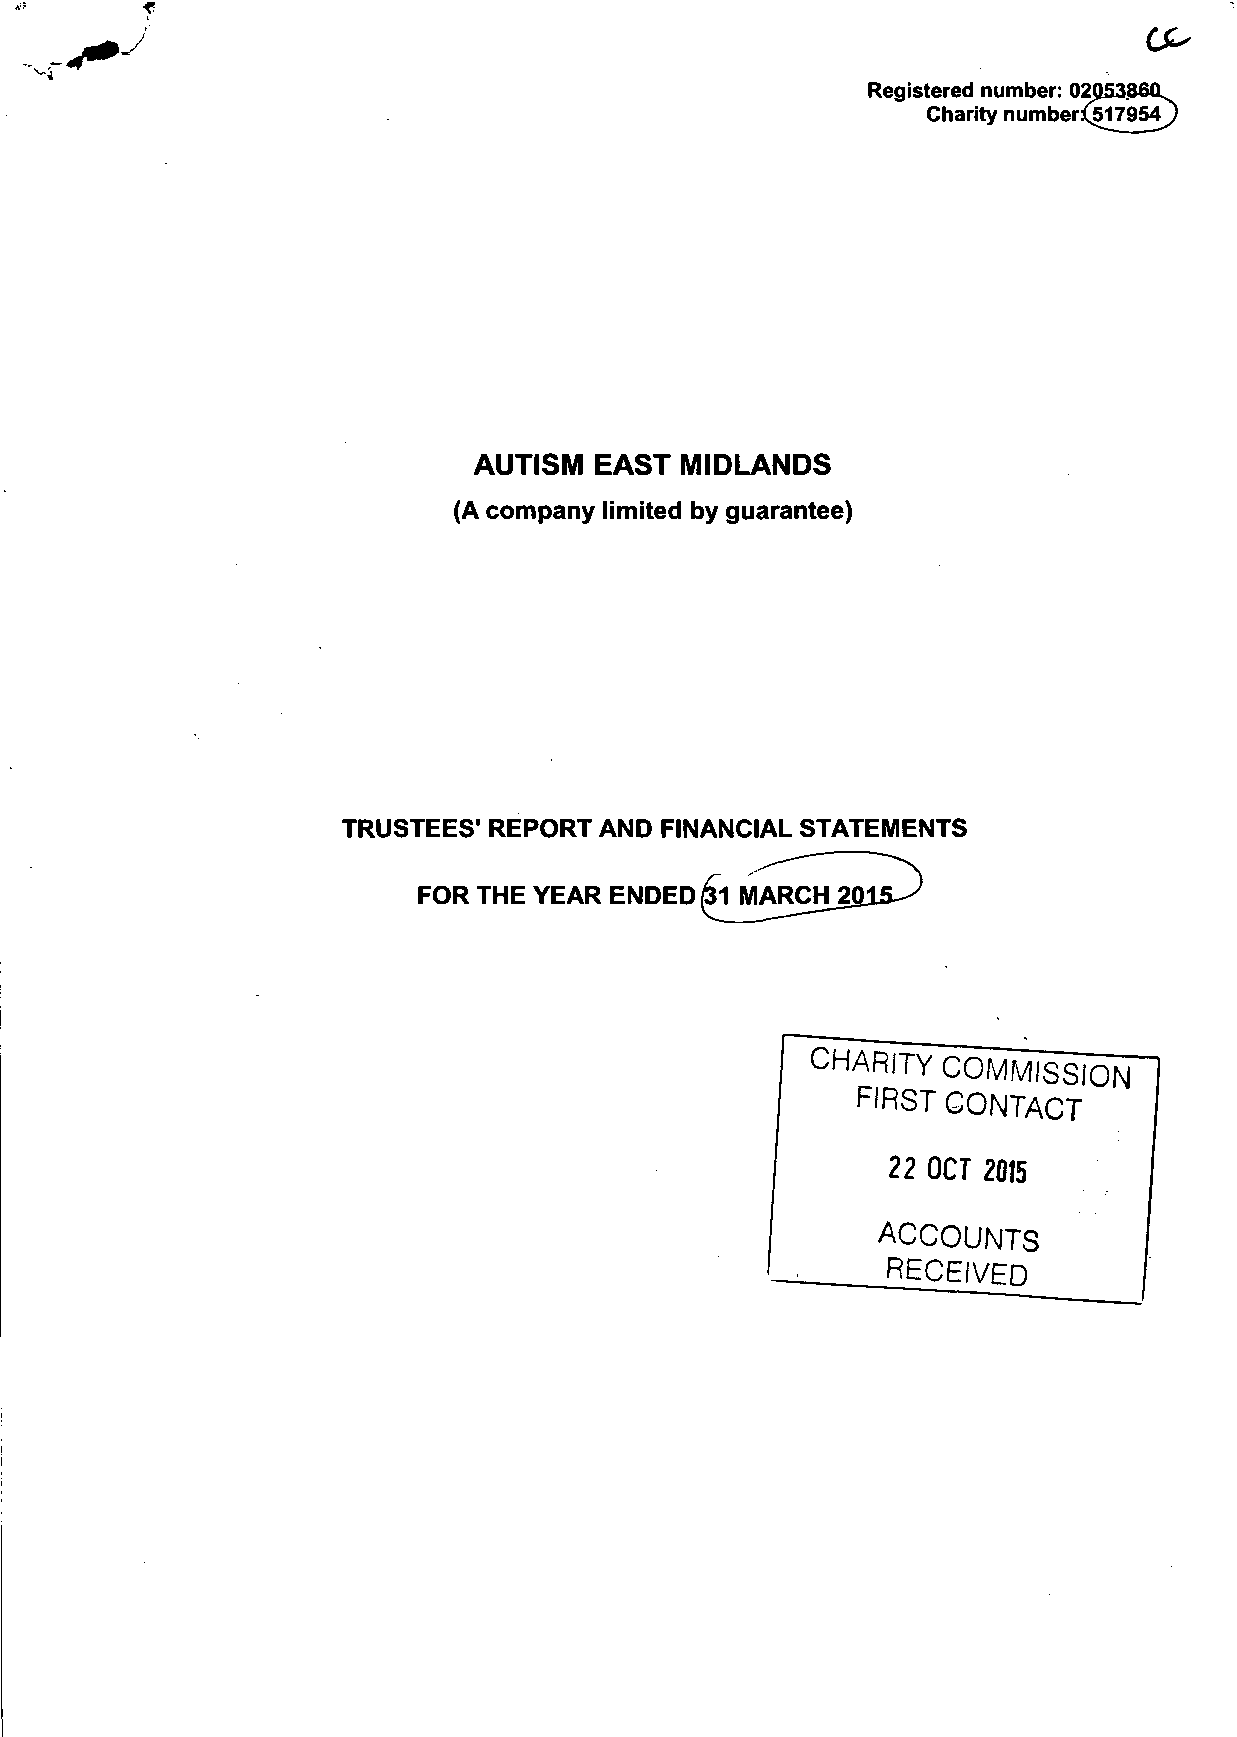
0^
 Registered number: 02$
 Charity number^517954
 AUTISM  EAST  MIDLANDS
 (A company limited by guarantee)
 TRUSTEES' REPORT AND FINANCIAL STATEMENTS
 FOR THE YEAR ENDED (31 MARCH 2
 CHARITY  COMMISSION
 FIRST CONTACT
 22 OCT 2015
 ACCOUNTS
 RECEIVED